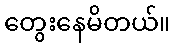
တွေးနေမိတယ်။